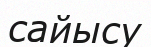
сайысу